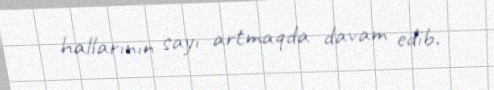
hallarının sayı artmaqda davam edib.